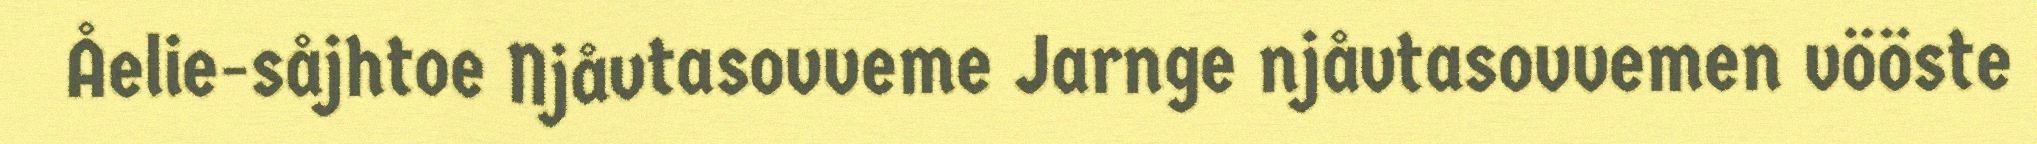
Åelie-såjhtoe Njåvtasovveme Jarnge njåvtasovvemen vööste